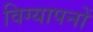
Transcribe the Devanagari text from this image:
विग्यापनों